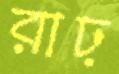
রাঢ়